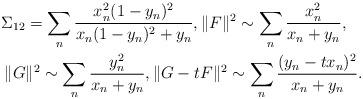
LaTeX: \begin{align*}\Sigma_{12}=\sum_{n}\frac{x_n^2(1-y_n)^2}{x_n(1-y_n)^2+y_n},\Vert F\Vert^2\sim\sum_{n}\frac{x_n^2}{x_n+y_n},\quad\\\Vert G\Vert^2\sim\sum_{n}\frac{y_n^2}{x_n+y_n},\Vert G-tF\Vert^2\sim\sum_{n}\frac{(y_n-tx_n)^2}{x_n+y_n}.\end{align*}